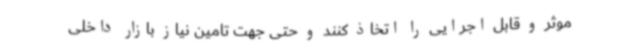
موثر و قابل اجرایی را اتخاذ کنند و حتی جهت تامین نیاز بازار داخلی